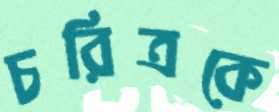
চরিত্রকে